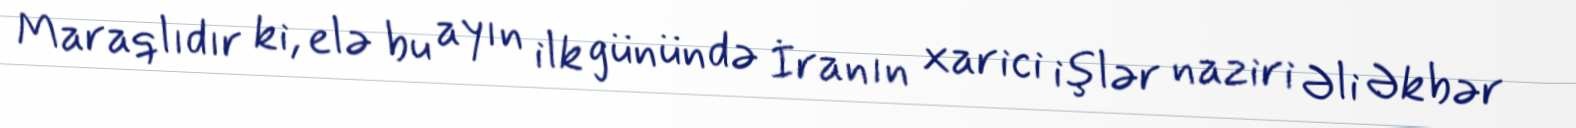
Maraqlıdır ki, elə bu ayın ilk günündə İranın xarici işlər naziri Əli Əkbər